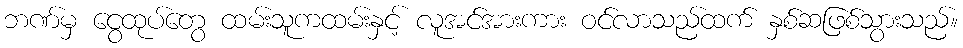
ဘဏ်မှ ငွေထုပ်တွေ ထမ်းသူကထမ်းနှင့် လူအင်အားကား ဝင်လာသည်ထက် နှစ်ဆဖြစ်သွားသည်။